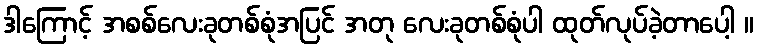
ဒါကြောင့် အစစ်လေးခုတစ်စုံအပြင် အတု လေးခုတစ်စုံပါ ထုတ်လုပ်ခဲ့တာပေါ့ ။